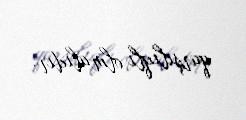
qarşılıqlı olmalıdır.